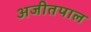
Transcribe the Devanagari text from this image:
अजीतपाल